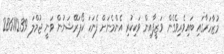
މުޒާހަރާގައި ބައިވެރިވެގެން ވަޒީފާއިން ވަކިކުރި އެންމެނަށް ފެނަކަ ކޯޕަރޭޝަނުން ވަނީ ޖުމްލަ 286112.39